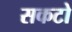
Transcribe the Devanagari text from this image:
सकटो